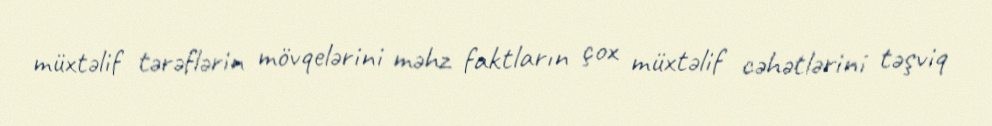
müxtəlif tərəflərin mövqelərini məhz faktların çox müxtəlif cəhətlərini təşviq